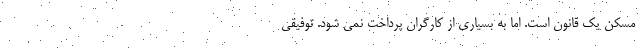
مسکن یک قانون است. اما به بسیاری از کارگران پرداخت نمی شود. توفیقی